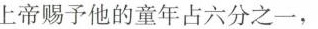
上帝赐予他的童年占六分之一，